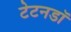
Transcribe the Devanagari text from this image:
टेटनडॉ